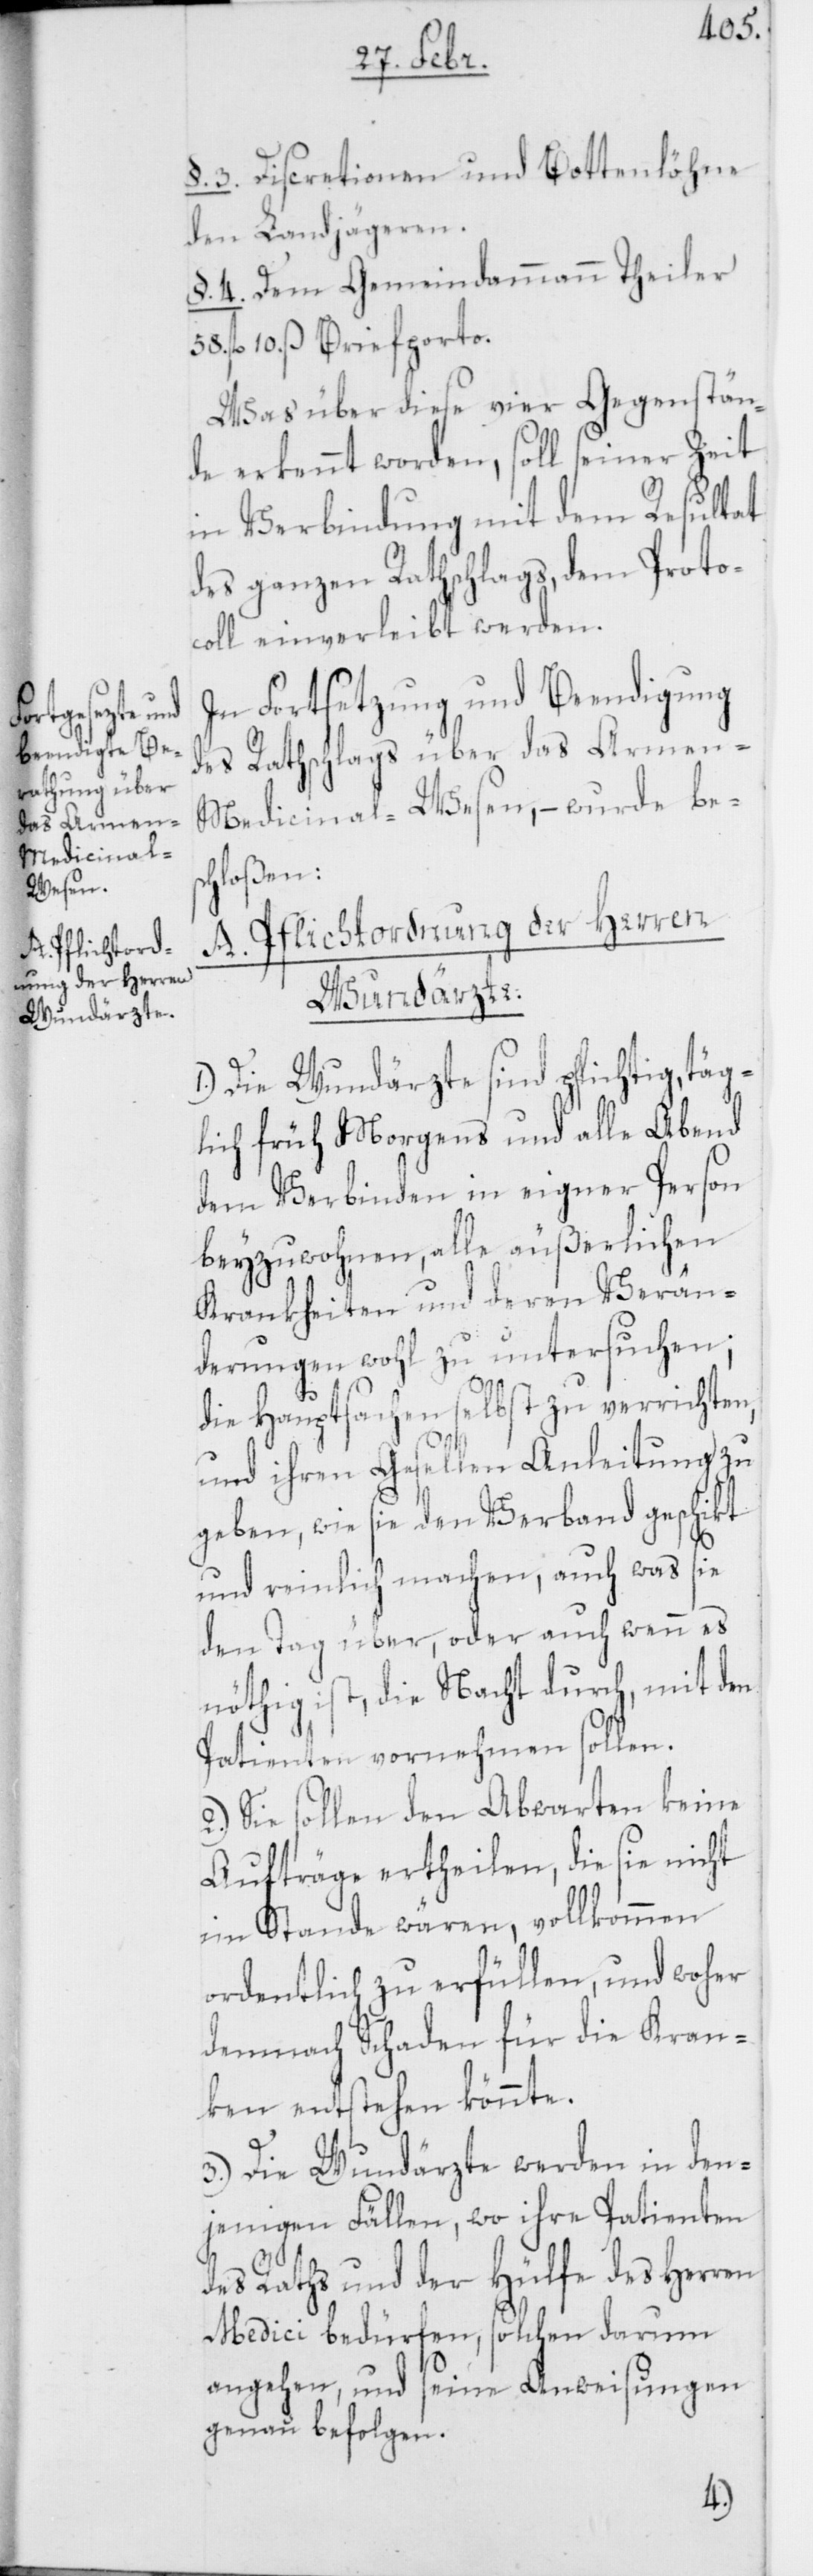
A. Pflichtord¬
nung der Herren
Wundärzte.

§. 3. Discretionen und Bottenlöhne
den Landjägeren.
§. 4. Dem Gemeindammann Theiler
fl. 10. ß Briefporto.
Was über diese vier Gegenstän¬
de erkannt worden, soll seiner Zeit
in Verbindung mit dem Resultat
des ganzen Rathschlags, dem Proto¬
coll einverleibt werden.
In Fortsetzung und Beendigung
des Rathschlags über das Armen-M¬
edicinal-Wesen, – wurde bes¬
chloßen:
1.) Die Wundärzte sind pflichtig, täg¬
lich früh Morgens und alle Abend
dem Verbinden in eigner Person
beyzuwohnen, alle äußerlichen
Krankheiten und deren Verän¬
derungen wohl zu untersuchen;
die Hauptsachen selbst zu verrichten,
und ihren Gesellen Anleitung zu
geben, wie sie den Verband geschikt
und reinlich machen, auch was sie
den Tag über, oder auch wenn es
nöthig ist, die Nacht durch, mit den
Patienten vornehmen sollen.
2.) Sie sollen den Abwarten keine
Aufträge ertheilen, die sie nicht
im Stande wären, vollkommen
ordentlich zu erfüllen, und woher
demnach Schaden für die Kran¬
ken entstehen könnte.
3.) Die Wundärzte werden in den¬
jenigen Fällen, wo ihre Patienten
des Raths und der Hülfe des Herren
Medici bedürfen, solchen darum
angehen, und seine Anweisungen
genau befolgen.